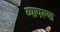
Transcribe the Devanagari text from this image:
व्यापल्या